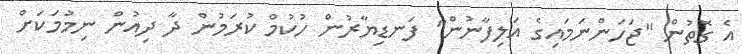
އެ ގޮތުން "ޖަހަންނަމައިގެ އަލިފާނުން" ފަނޑިޔާރުން ހުކުމް ކުރަމުން ދާ ދިއުން ނިމުމަކަށް